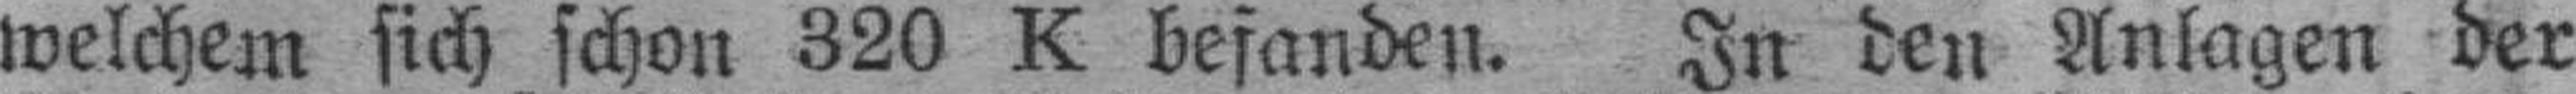
welchem sich schon 320 K befanden. In den Anlagen der